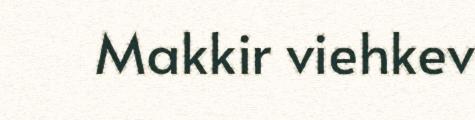
Makkir viehkev